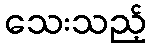
သေးသည့်